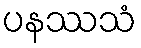
ပနဿသံ